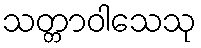
သတ္တာဝါသေသု